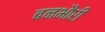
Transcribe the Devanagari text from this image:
बनभौरी